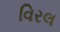
વિરલ